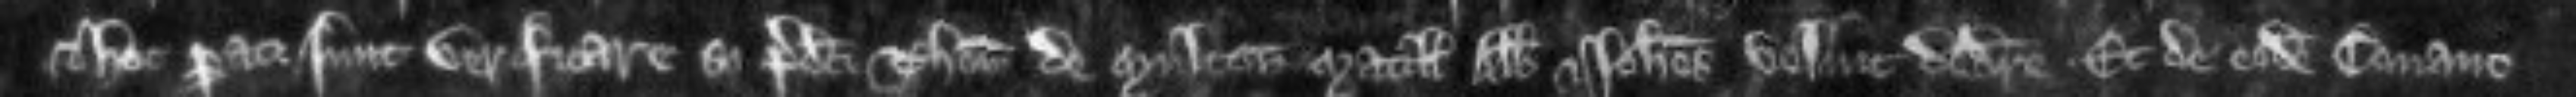
et hoc parati sunt verificare si predicti Thomas de Multon Matilldis Abbas et Johannes velint dedicere. Et de eodem Conano